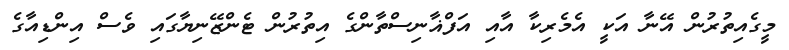
މީގެއިތުރުން އޭނާ އަކީ އެމެރިކާ އާއި އަފްޣާނިސްތާންގެ އިތުރުން ޓެންޒޭނިޔާގައި ވެސް އިންޑިއާގެ